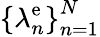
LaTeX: \left\{ \lambda_{n}^{\mathrm{e}}\right\} _{n=1}^{N}